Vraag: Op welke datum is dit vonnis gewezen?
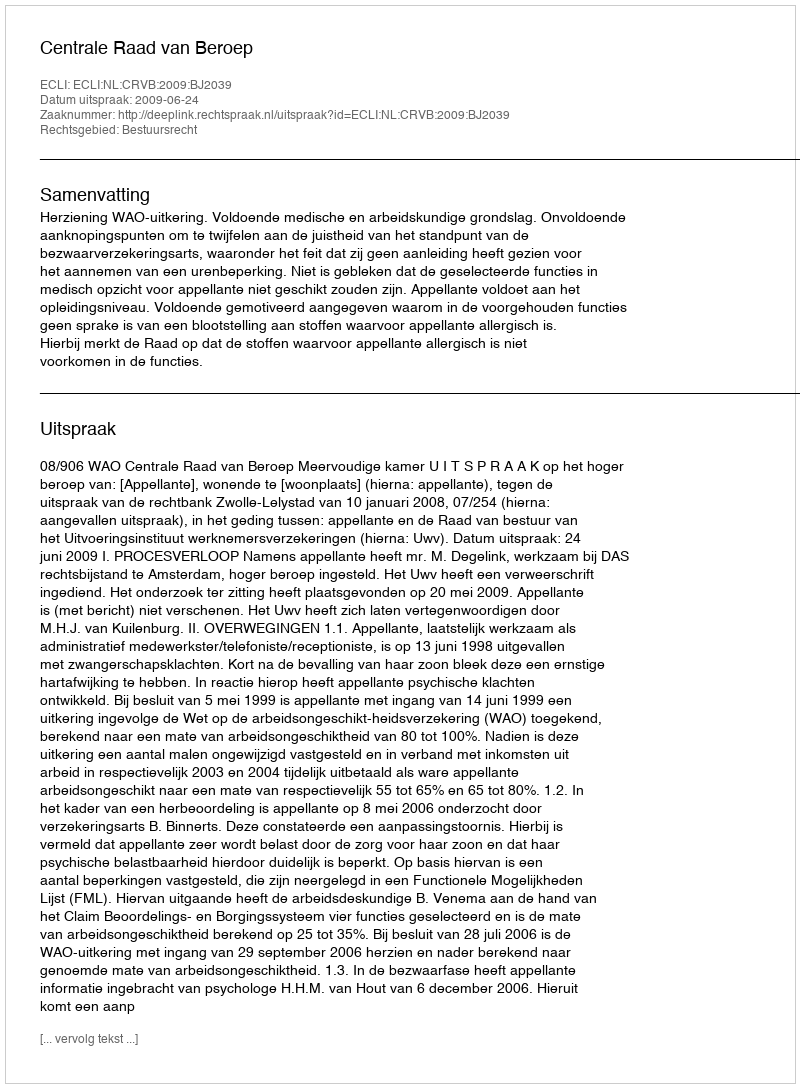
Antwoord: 2009-06-24